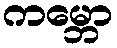
ကမ္ဘော